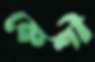
কেশী